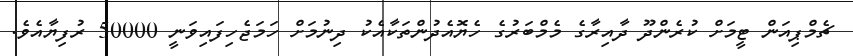
ޗެމްޕިއަން ޓީމަށް ކުރެންދޫ ދާއިރާގެ މެމްބަރުގެ ހެޔޮއެދުންތަކާއެކު ދިނުމަށް ހަމަޖެހިފައިވަނީ 50000 ރުފިޔާއެވެ.